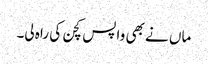
ماں نے بھی واپس کچن کی راہ لی۔